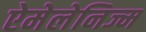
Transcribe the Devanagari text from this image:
ऐमेलेनिज्म